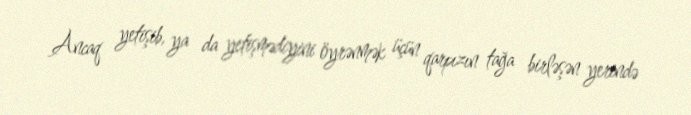
Ancaq yetişib, ya da yetişmədiyini öyrənmək üçün qarpızın tağa birləşən yerində